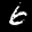
Label: 6